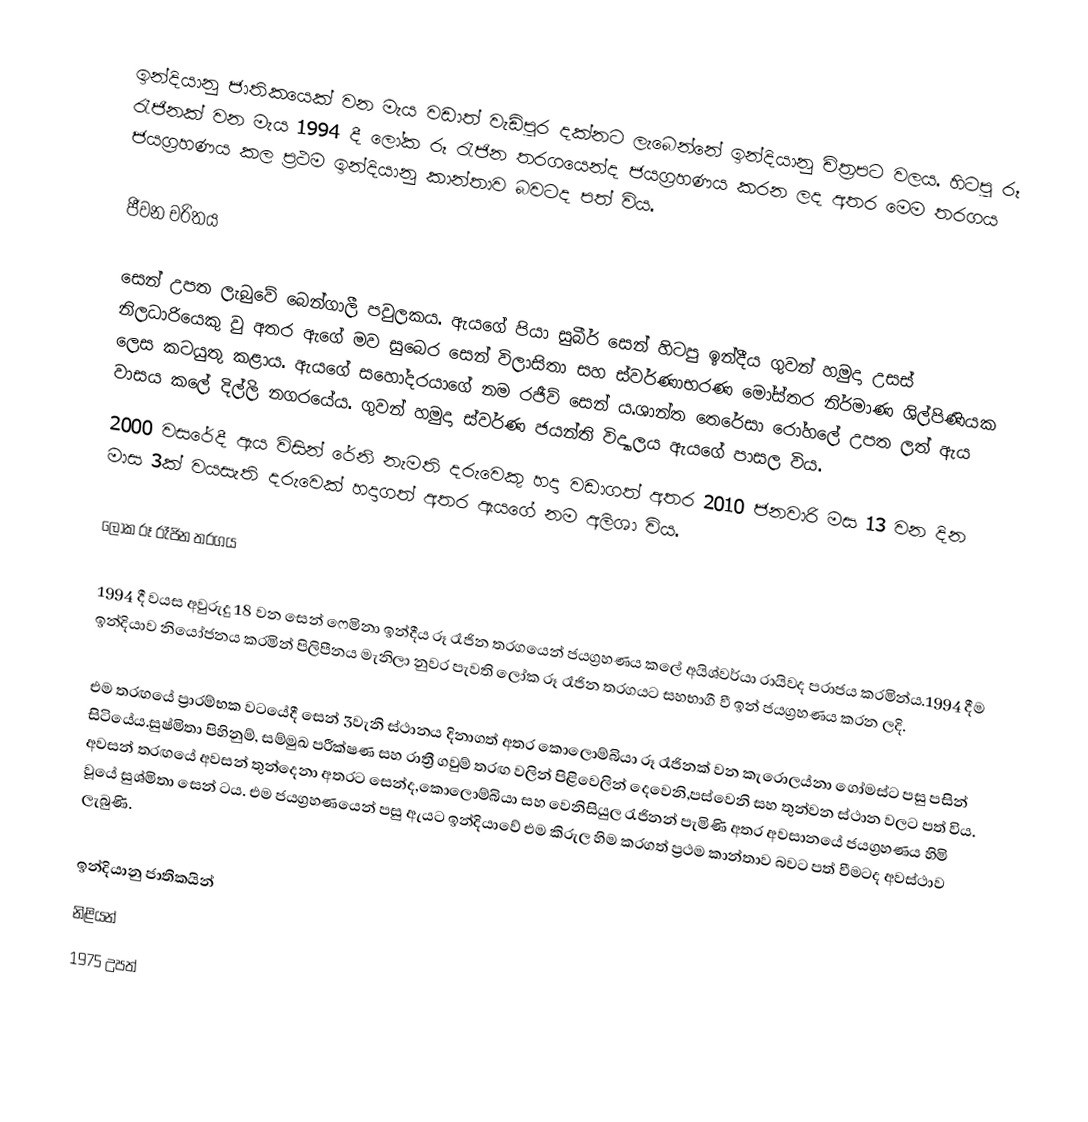
ඉන්දියානු ජාතිකයෙක් වන මැය  වඩාත් වැඩිපුර දක්නට ලැබෙන්නේ ඉන්දියානු චිත්‍රපට වලය. හිටපු රූ රැජිනක් වන මැය 1994 දී ලෝක රූ රැජින තරගයෙන්ද ජයග්‍රහණය කරන ලද අතර මෙම තරගය ජයග්‍රහණය කල ප්‍රථම ඉන්දියානු කාන්තාව බවටද පත් විය.

ජීවන චරිතය

සෙන් උපත ලැබුවේ බෙන්ගාලී පවුලකය. ඇයගේ පියා සුබීර් සෙන් හිටපු ඉන්දීය ගුවන් හමුදා උසස් නිලධාරියෙකු වු අතර ඇගේ මව සුබෙර සෙන් විලාසිතා සහ ස්වර්ණාභරණ මෝස්තර  නිර්මාණ ශිල්පිණියක ලෙස කටයුතු කළාය. ඇයගේ සහෝදරයාගේ නම රජීව් සෙන් ය.ශාන්ත තෙරේසා රෝහලේ උපත ලත් ඇය වාසය කලේ දිල්ලි නගරයේය. ගුවන් හමුදා ස්වර්ණ ජයන්ති විද්‍යාලය ඇයගේ පාසල විය.
2000 වසරේදී ඇය විසින් රේනි නැමති දරුවෙකු හදා වඩාගත් අතර 2010 ජනවාරි මස 13 වන දින මාස 3ක් වයසැති දරුවෙක් හදාගත් අතර ඇයගේ නම අලිශා විය.

ලෝක රූ රෑජින තරගය

1994 දී වයස අවුරුදු 18 වන සෙන් ෆෙමිනා ඉන්දීය රූ රෑජින තරගයෙන් ජයග්‍රහණය කලේ අයිශ්වර්යා රායිවද පරාජය කරමින්ය.1994 දීම ඉන්දියාව නියෝජනය කරමින් පිලිපීනය මැනිලා නුවර පැවති ලෝක රූ රෑජින තරගයට සහභාගී වී ඉන් ජයග්‍රහණය කරන ලදි.

එම තරඟයේ ප්‍රාරම්භක වටයේදී සෙන් 3වැනි ස්ථානය දිනාගත් අතර කොලොම්බියා රූ රෑජිනක් වන කැරොලය්නා ගෝමස්ට පසු පසින් සිටියේය.සුෂ්මිතා පිහිනුම්, සම්මුඛ පරීක්ෂණ සහ රාත්‍රී ගවුම් තරඟ වලින් පිළිවෙලින් දෙවෙනි,පස්වෙනි සහ තුන්වන ස්ථාන වලට පත් විය. අවසන් තරඟයේ අවසන් තුන්දෙනා අතරට සෙන්ද,කොලොම්බියා සහ වෙනිසියුල රැජිනන් පැමිණි අතර අවසානයේ ජයග්‍රහණය හිමි වූයේ සුශ්මිතා සෙන් ටය. එම ජයග්‍රහණයෙන් පසු ඇයට ඉන්දියාවේ එම කිරුල හිම කරගත් ප්‍රථම කාන්තාව බවට පත් වීමටද අවස්ථාව ලැබුණි.

ඉන්දියානු ජාතිකයින්
නිළියන්
1975 උපත්